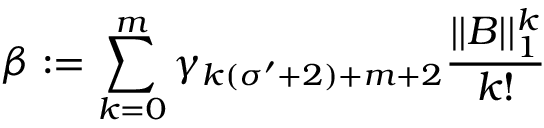
\beta : = \sum _ { k = 0 } ^ { m } \gamma _ { k ( \sigma ^ { \prime } + 2 ) + m + 2 } \frac { | | B | | _ { 1 } ^ { k } } { k ! }